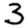
Digit: 3